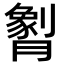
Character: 𬂖